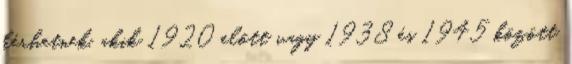
kérhetnek, akik 1920 előtt vagy 1938 és 1945 között